Civil Veterinary Dept. Bombay admin report 1907-1913 - 1907-1913
Year: 1907
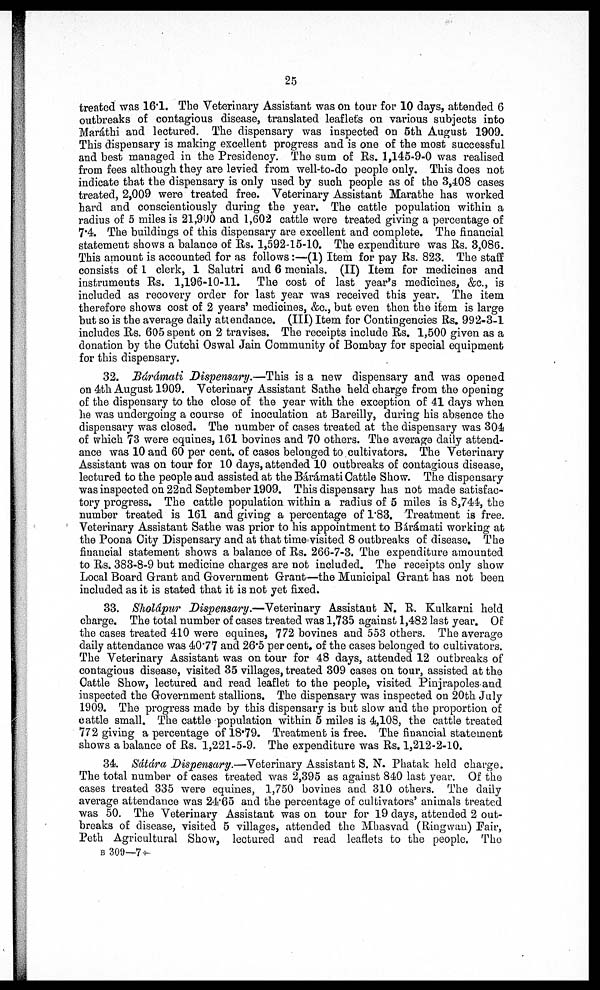
25
treated was 16.1. The Veterinary Assistant was on tour for 10 days, attended 6
outbreaks of contagious disease, translated leaflets on various subjects into
Maráthi and lectured. The dispensary was inspected on 5th August 1909.
This dispensary is making excellent progress and is one of the most successful
and best managed in the Presidency. The sum of Rs. 1,145-9-0 was realised
from fees although they are levied from well-to-do people only. This does not
indicate that the dispensary is only used by such people as of the 3,408 cases
treated, 2,009 were treated free. Veterinary Assistant Marathe has worked
hard and conscientiously during the year. The cattle population within a
radius of 5 miles is 21,900 and 1,602 cattle were treated giving a percentage of
7.4. The buildings of this dispensary are excellent and complete. The financial
statement shows a balance of Rs. 1,592-15-10. The expenditure was Rs. 3,086.
This amount is accounted for as follows:—(1) Item for pay Rs. 823. The staff
consists of 1 clerk, 1 Salutri and 6 menials. (II) Item for medicines and
instruments Rs. 1,196-10-11. The cost of last year's medicines, &c, is
included as recovery order for last year was received this year. The item
therefore shows cost of 2 years' medicines, &c, but even then the item is large
but so is the average daily attendance. (Ill) Item for Contingencies Rs. 992-3-1
includes Rs. 605 spent on 2 travises. The receipts include Rs. 1,500 given as a
donation by the Cutchi Oswal Jain Community of Bombay for special equipment
for this dispensary.
32. Bárámati Dispensary.—This is a new dispensary and was opened
on 4th August 1909. Veterinary Assistant Sathe held charge from the opening
of the dispensary to the close of the year with the exception of 41 days when
he was undergoing a course of inoculation at Bareilly, during his absence the
dispensary was closed. The number of cases treated at the dispensary was 304
of which 73 were equines, 161 bovines and 70 others. The average daily attend-
ance was 10 and 60 per cent. of cases belonged to cultivators. The Veterinary
Assistant was on tour for 10 days, attended 10 outbreaks of contagious disease,
lectured to the people and assisted at the Bárámati Cattle Show. The dispensary
was inspected on 22nd September 1909. This dispensary has not made satisfac-
tory progress. The cattle population within a radius of 5 miles is 8,744, the
number treated is 161 and giving a percentage of 1.83. Treatment is free.
Veterinary Assistant Sathe was prior to his appointment to Bámámati working at
the Poona City Dispensary and at that time-visited 8 outbreaks of disease. The
financial statement shows a balance of Rs. 266-7-3. The expenditure amounted
to Rs. 383-8-9 but medicine charges are not included. The receipts only show
Local Board Grant and Government Grant—the Municipal Grant has not been
included as it is stated that it is not yet fixed.
33. Sholápur Dispensary.—Veterinary Assistant N. R. Kulkarni held
charge. The total number of cases treated was 1,735 against 1,482 last year. Of
the cases treated 410 were equines, 772 bovines and 553 others. The average
daily attendance was 4077 and 26.5 per cent, of the cases belonged to cultivators.
The Veterinary Assistant was on tour for 48 days, attended 12 outbreaks of
contagious disease, visited 35 villages, treated 309 cases on tour, assisted at the
Cattle Show, lectured and read leaflet to the people, visited Pinjrapoles and
inspected the Government stallions. The dispensary was inspected on 20th July
1909. The progress made by this dispensary is but slow and the proportion of
cattle small. The cattle population within 5 miles is 4,108, the cattle treated
772 giving a percentage of 18.79. Treatment is free. The financial statement
shows a balance of Rs. 1,221-5-9. The expenditure was Rs. 1,212-2-10.
34. Sátára Dispensary.—Veterinary Assistant S. N. Phatak held charge.
The total number of cases treated was 2,395 as against 840 last year. Of the
cases treated 335 were equines, 1,750 bovines and 310 others. The daily
average attendance was 24.65 and the percentage of cultivators' animals treated
was 50. The Veterinary Assistant was on tour for 19 days, attended 2 out-
breaks of disease, visited 5 villages, attended the Mhasvad (Ringwan) Pair,
Peth Agricultural Show, lectured and read leaflets to the people. The
b 309—7-;-